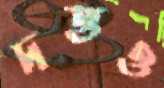
দত্তও